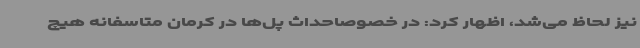
نیز لحاظ می‌شد، اظهار کرد: در خصوصاحداث پل‌ها در کرمان متاسفانه هیچ